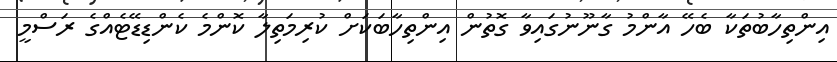
އިންތިހާބުތަކާ ބެހޭ އާންމު ގާނޫނުގައިވާ ގޮތުން އިންތިހާބަކަށް ކުރިމަތިލާ ކޮންމެ ކެންޑިޑޭޓެއްގެ ރަސްމީ